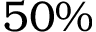
5 0 \%